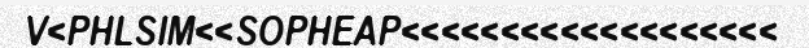
V<PHLSIM<<SOPHEAP<<<<<<<<<<<<<<<<<<<